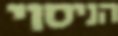
הניסוי